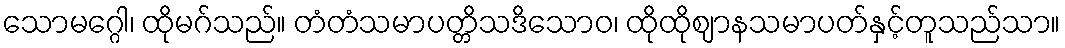
သောမဂ္ဂေါ၊ ထိုမဂ်သည်။ တံတံသမာပတ္တိသဒိသောဝ၊ ထိုထိုဈာနသမာပတ်နှင့်တူသည်သာ။